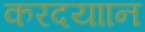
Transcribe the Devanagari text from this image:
करदयाान